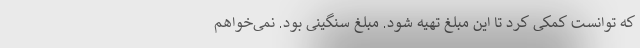
که توانست کمکی کرد تا این مبلغ تهیه شود. مبلغ سنگینی بود. نمی‌خواهم